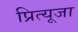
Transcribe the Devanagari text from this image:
प्रित्यूजा